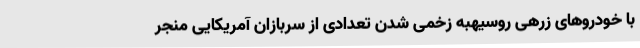
با خودروهای زرهی روسیهبه زخمی شدن تعدادی از سربازان آمریکایی منجر